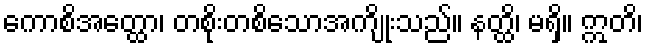
ကောစိအတ္ထော၊ တစိုးတစိသောအကျိုးသည်။ နတ္ထိ၊ မရှိ။ ဣတိ၊